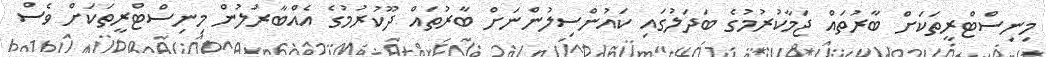
މިނިސްޓްރީތަކަށް ބާރުތައް ޖަމާކުރުމުގެ ބަދަލުގައި ކައުންސިލުންނަށް ބާރުތައް ދޫކުރުމުގެ އެއްބާރުލުން މިނިސްޓްރީތަކަށް ވެސް